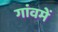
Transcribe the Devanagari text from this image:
गांवमें